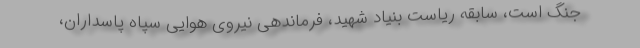
جنگ است، سابقه ریاست بنیاد شهید، فرماندهی نیروی هوایی سپاه پاسداران،